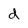
Character: d